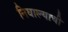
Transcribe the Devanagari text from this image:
निघाल्याची